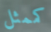
كممثل